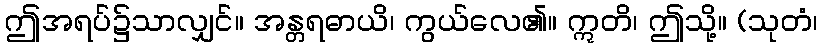
ဤအရပ်၌သာလျှင်။ အန္တရဓာယိ၊ ကွယ်လေ၏။ ဣတိ၊ ဤသို့။ (သုတံ၊